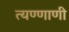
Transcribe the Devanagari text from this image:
त्यण्णाणी